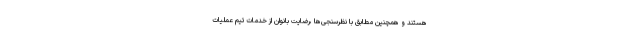
هستند و همچنین مطابق با نظرسنجی‌ها ،رضایت بانوان از خدمات تیم عملیات